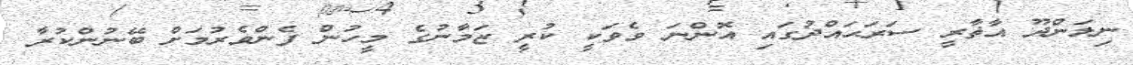
ނިލަންދޫ އާޡާރީ ސަރަޙައްދުގައި އޮންނަ ވެވަކީ ކުރީ ޒަމާނުގެ މީހުން ފެންވެރުމަށް ބޭނުންކުރާ